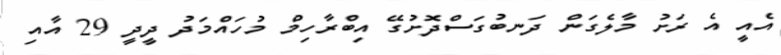
އެއީ އެ ރަށު މާލެގަން ދަނބުގަސްދޮށުގޭ އިބްރާހިމް މުހައްމަދު ދީދީ 29 އާއި